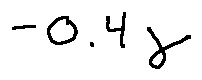
- 0 . 4 \gamma